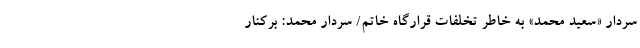
سردار «سعید محمد» به خاطر تخلفات قرارگاه خاتم/ سردار محمد: برکنار